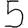
Digit: 5